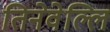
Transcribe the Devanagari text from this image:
तिनेवेल्लि